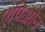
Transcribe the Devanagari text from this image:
एपिओन